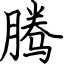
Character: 腾